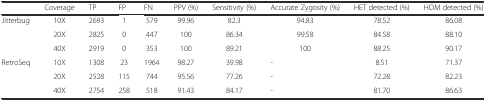
|  | Coverage | TP | FP | FN | PPV (%) | Sensitivity (%) | Accurate Zygosity (%) | HET detected (%) | HOM detected (%) |
 | --- | --- | --- | --- | --- | --- | --- | --- | --- | --- |
 | Jitterbug | 10X | 2693 | 1 | 579 | 99.96 | 82.3 | 94.83 | 78.52 | 86.08 |
 |  | 20X | 2825 | 0 | 447 | 100 | 86.34 | 99.58 | 84.58 | 88.10 |
 |  | 40X | 2919 | 0 | 353 | 100 | 89.21 | 100 | 88.25 | 90.17 |
 | RetroSeq | 10X | 1308 | 23 | 1964 | 98.27 | 39.98 | - | 8.51 | 71.37 |
 |  | 20X | 2528 | 115 | 744 | 95.56 | 77.26 | - | 72.28 | 82.23 |
 |  | 40X | 2754 | 258 | 518 | 91.43 | 84.17 | - | 81.70 | 86.63 |